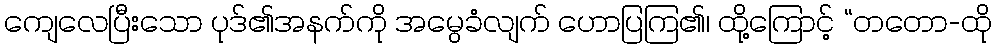
ကျေလေပြီးသော ပုဒ်၏အနက်ကို အမွေခံလျက် ဟောပြကြ၏၊ ထို့ကြောင့် “တတော-ထို